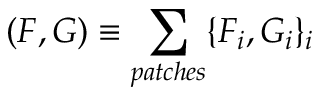
( F , G ) \equiv \sum _ { p a t c h e s } \{ F _ { i } , G _ { i } \} _ { i }